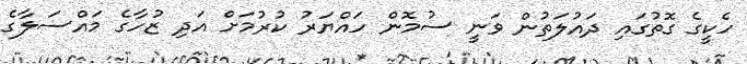
ހެކީގެ ގޮތުގައި ދައުލަތުން ވަނީ ސުމޮން ހައްޔަރު ކުރުމަށް އަދި ޒުހާގެ މައްސަލާގެ